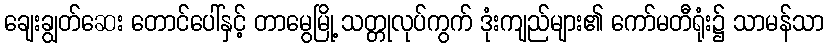
ချေးချွတ်ဆေး တောင်ပေါ်နှင့် တာမွေမြို့ သတ္တုလုပ်ကွက် ဒုံးကျည်များ၏ ကော်မတီရုံး၌ သာမန်သာ